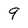
Character: 9